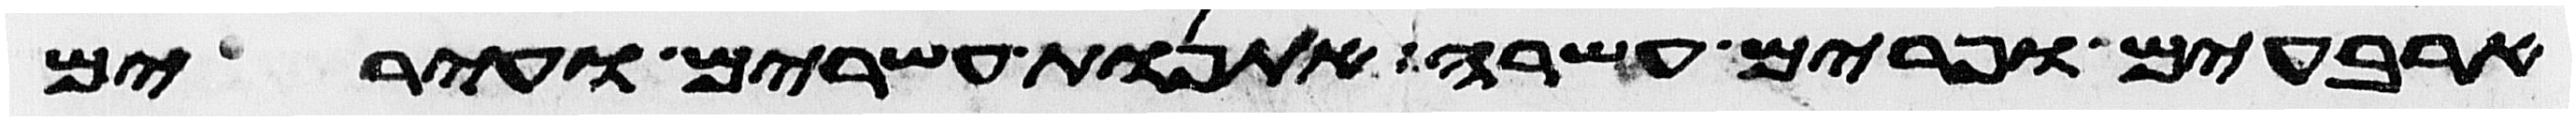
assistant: ארבעים ופרים עשרה אתנות עשרים ועירים